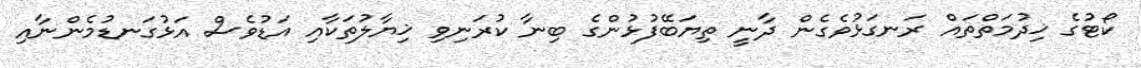
ކޯޓުގެ ޚިދުމަތްތައް ރަނގަޅުވެގެން ދާނީ ތިޔަބޭފުޅުންގެ ބިނާ ކުރަނިވި ޚިޔާލުތަކާއި އަޑުވެސް އަޅުގަނޑުމެންނާއި